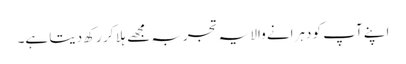
اپنے آپ کو دہرانے والا یہ تجربہ مجھے ہِلا کر رکھ دیتا ہے۔